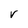
Character: V